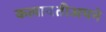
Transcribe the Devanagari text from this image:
कलावतीअपने